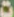
ت